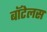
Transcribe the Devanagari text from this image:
बॉटेलस